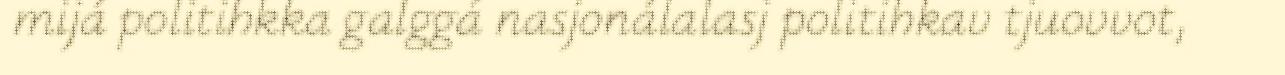
mijá politihkka galggá nasjonálalasj politihkav tjuovvot,